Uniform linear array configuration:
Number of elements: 8
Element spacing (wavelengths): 0.25
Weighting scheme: hamming
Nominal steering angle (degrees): -45
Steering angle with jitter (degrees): -46.91
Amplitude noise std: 0.05
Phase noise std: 0.05

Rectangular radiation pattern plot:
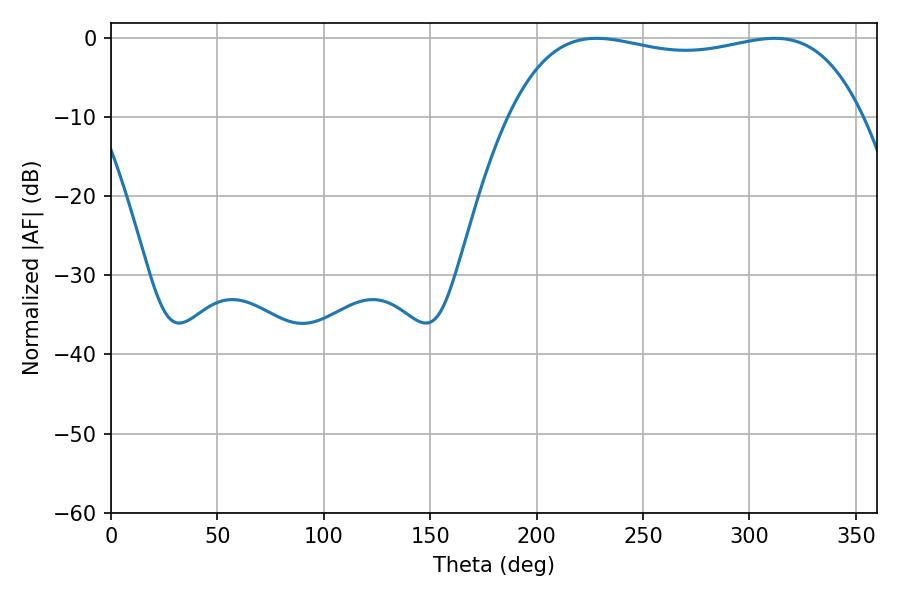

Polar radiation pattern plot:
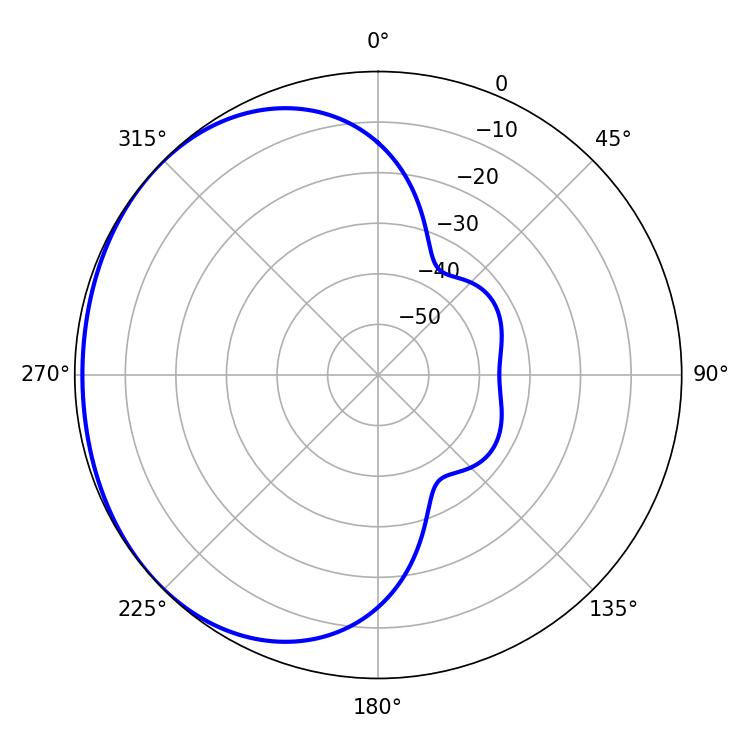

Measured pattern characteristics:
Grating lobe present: FALSE
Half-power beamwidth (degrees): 133.92
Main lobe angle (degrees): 228.06